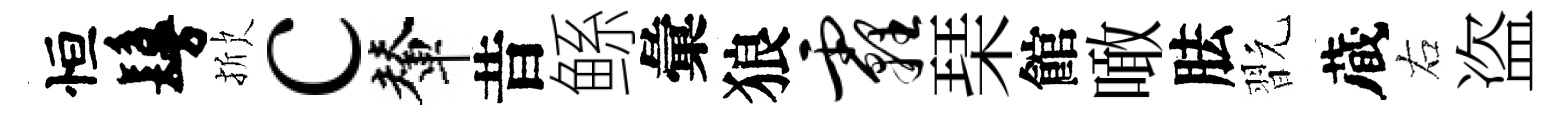
恒鬘掀c輦昔鲧彙狼霾琹館噉胠翫蔵右盗